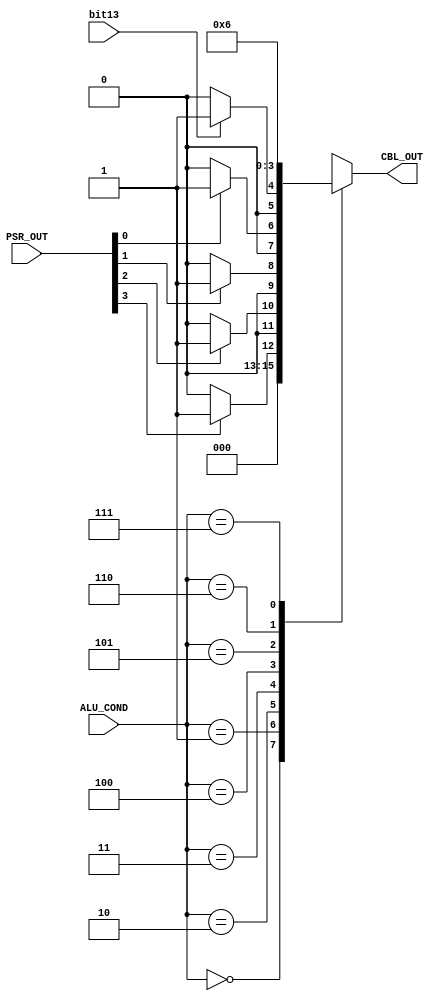
module CBL (
	//////////// OUTPUTS //////////
	CBL_OUT,
	//////////// INPUTS //////////
   bit13,
   ALU_COND,
	PSR_OUT
);
//=======================================================
//  PARAMETER declarations
//=======================================================
parameter DATAWIDTH_ALU_SELECT = 4;
parameter DATAWIDTH_ALU_SELECTION = 2;
parameter DATAWIDTH_ALU_SELECTIONS = 3;
//=======================================================
//  PORT declarations
//=======================================================
	output reg		[DATAWIDTH_ALU_SELECTION-1:0]	CBL_OUT;
	input          bit13;
	input          [DATAWIDTH_ALU_SELECTIONS-1:0] ALU_COND;
	input          [DATAWIDTH_ALU_SELECT-1:0] PSR_OUT;
always @(*)
begin
	case(ALU_COND)
	3'b000:CBL_OUT = 2'b00;
	3'b001:begin
	if(PSR_OUT[3]==1'b1)
	CBL_OUT = 2'b01;
	else 
	CBL_OUT = 2'b00;
	end
	3'b010:begin
	if(PSR_OUT[2]==1'b1)
	CBL_OUT = 2'b01;
	else 
	CBL_OUT = 2'b00;
	end
	3'b011:begin
	if(PSR_OUT[1]==1'b1)
	CBL_OUT = 2'b01;
	else 
	CBL_OUT = 2'b00;
	end
	3'b100:begin
	if(PSR_OUT[0]==1'b1)
	CBL_OUT = 2'b01;
	else 
	CBL_OUT = 2'b00;
	end
	3'b101:begin
	if(bit13==1'b1)
	CBL_OUT = 2'b01;
	else 
	CBL_OUT = 2'b00;
	end
	3'b110:CBL_OUT = 2'b01;
	3'b111:CBL_OUT = 2'b10;
	default:CBL_OUT = 2'b00;
	endcase
end
endmodule